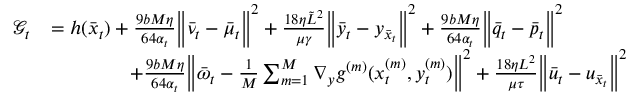
\begin{array} { r l } { \mathcal { G } _ { t } } & { = h ( \bar { x } _ { t } ) + \frac { 9 b M \eta } { 6 4 \alpha _ { t } } \bigg \| \bar { \nu } _ { t } - \bar { \mu } _ { t } \bigg \| ^ { 2 } + \frac { 1 8 \eta \tilde { L } ^ { 2 } } { \mu \gamma } \bigg \| \bar { y } _ { t } - y _ { \bar { x } _ { t } } \bigg \| ^ { 2 } + \frac { 9 b M \eta } { 6 4 \alpha _ { t } } \bigg \| \bar { q } _ { t } - \bar { p } _ { t } \bigg \| ^ { 2 } } \\ & { \qquad \qquad + \frac { 9 b M \eta } { 6 4 \alpha _ { t } } \bigg \| \bar { \omega } _ { t } - \frac { 1 } { M } \sum _ { m = 1 } ^ { M } \nabla _ { y } g ^ { ( m ) } ( x _ { t } ^ { ( m ) } , y _ { t } ^ { ( m ) } ) \bigg \| ^ { 2 } + \frac { 1 8 \eta L ^ { 2 } } { \mu \tau } \bigg \| \bar { u } _ { t } - u _ { \bar { x } _ { t } } \bigg \| ^ { 2 } } \end{array}